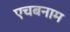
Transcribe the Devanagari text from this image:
एचबनाम